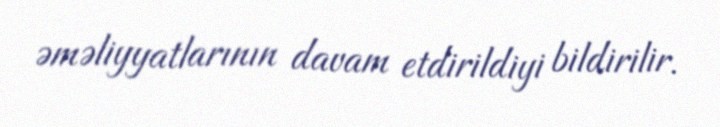
əməliyyatlarının davam etdirildiyi bildirilir.